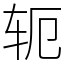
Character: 轭